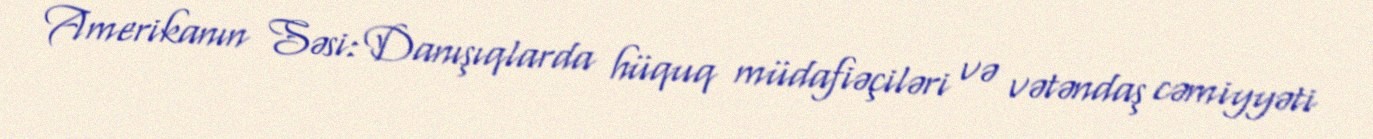
Amerikanın Səsi: Danışıqlarda hüquq müdafiəçiləri və vətəndaş cəmiyyəti